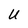
Character: U